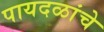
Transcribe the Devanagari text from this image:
पायदळांचे